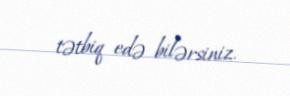
tətbiq edə bilərsiniz.